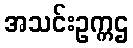
အသင်းဥက္ကဌ